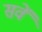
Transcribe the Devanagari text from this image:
सवें